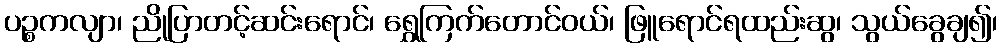
ပဉ္စကလျာ၊ ညိုပြာတင့်ဆင်းရောင်၊ ရွှေကြက်တောင်ဝယ်၊ ဖြူရောင်ရထည်းဆွ၊ သွယ်ခွေချ၍၊